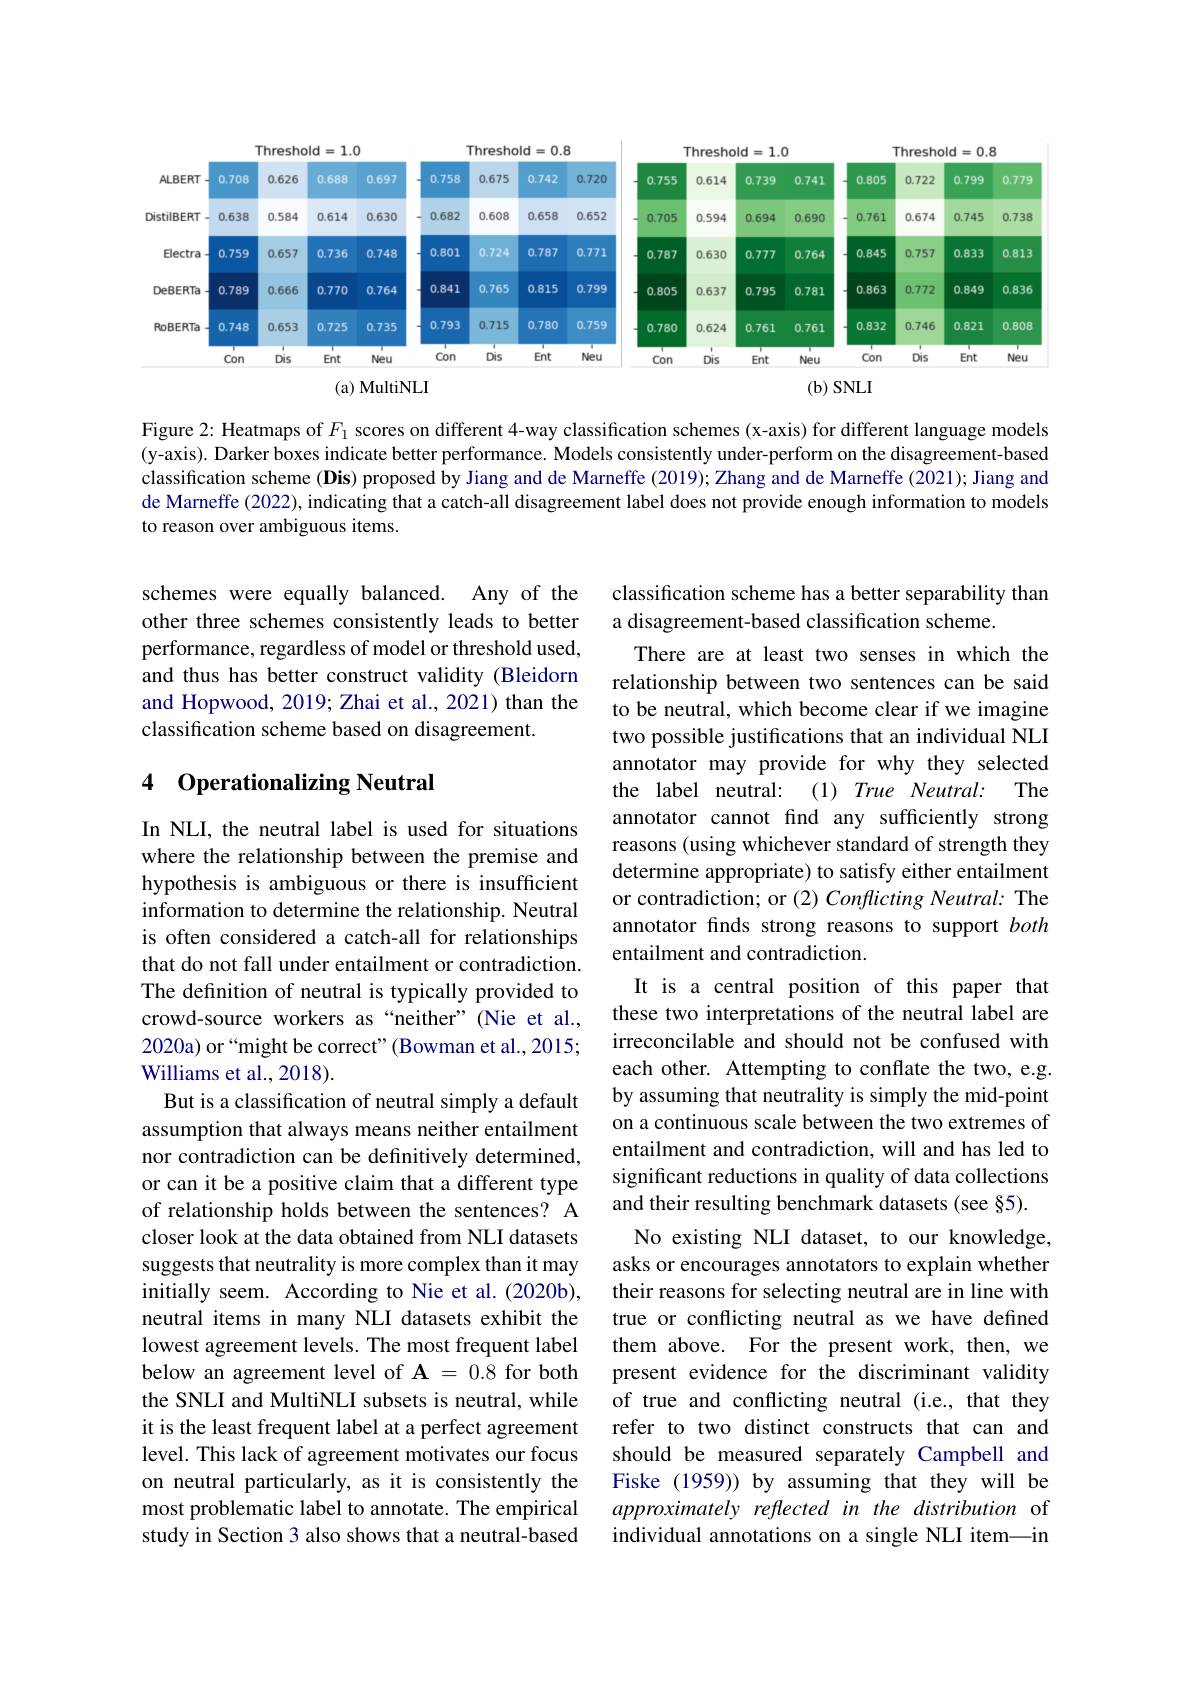
<FigureHere>

(a) MultiNLI
$(\mathbf{b})$ SNLI

Figure 2: Heatmaps of $F_1$ scores on different 4-way classification schemes (x-axis) for different language models (y-axis). Darker boxes indicate better performance. Models consistently under-perform on the disagreement-based classification scheme (Dis) proposed by Jiang and de Marneffe (2019); Zhang and de Marneffe (2021); Jiang and de Marneffe (2022), indicating that a catch-all disagreement label does not provide enough information to models to reason over ambiguous items.

schemes were equally balanced. Any of the other three schemes consistently leads to better performance, regardless of model or threshold used, and thus has better construct validity (Bleidorn and Hopwood, 2019; Zhai et al., 2021) than the classification scheme based on disagreement.

## 4 Operationalizing Neutral

classification scheme has a better separability than
a disagreement-based classification scheme.
There are at least two senses in which the relationship between two sentences can be said to be neutral, which become clear if we imagine two possible justifications that an individual NLI annotator may provide for why they selected the label neutral: (1) True Neutral: The annotator cannot find any sufficiently strong reasons (using whichever standard of strength they determine appropriate) to satisfy either entailment or contradiction; or (2) Conflicting Neutral: The annotator finds strong reasons to support both entailment and contradiction.
It is a central position of this paper that these two interpretations of the neutral label are irreconcilable and should not be confused with each other. Attempting to conflate the two, e.g. by assuming that neutrality is simply the mid-point on a continuous scale between the two extremes of entailment and contradiction, will and has led to significant reductions in quality of data collections and their resulting benchmark datasets (see §5).
No existing NLI dataset, to our knowledge, asks or encourages annotators to explain whether their reasons for selecting neutral are in line with true or conflicting neutral as we have defined them above. For the present work, then, we present evidence for the discriminant validity of true and conflicting neutral (i.e., that they refer to two distinct constructs that can and should be measured separately Campbell and Fiske (1959)) by assuming that they will be approximately reflected in the distribution of individual annotations on a single NLI item—in

In NLI, the neutral label is used for situations where the relationship between the premise and hypothesis is ambiguous or there is insufficient information to determine the relationship. Neutral is often considered a catch-all for relationships that do not fall under entailment or contradiction. The definition of neutral is typically provided to crowd-source workers as“neither”(Nie et al., 2020a) or“might be correct" (Bowman et al., 2015; Williams et al., 2018).
But is a classification of neutral simply a default assumption that always means neither entailment nor contradiction can be definitively determined, or can it be a positive claim that a different type of relationship holds between the sentences? A closer look at the data obtained from NLI datasets suggests that neutrality is more complex than it may initially seem. According to Nie et al. (2020b), neutral items in many NLI datasets exhibit the lowest agreement levels. The most frequent label below an agreement level of $\mathbf{A}=0.8$ for both the SNLI and MultiNLI subsets is neutral, while it is the least frequent label at a perfect agreement level. This lack of agreement motivates our focus on neutral particularly, as it is consistently the most problematic label to annotate. The empirical study in Section 3 also shows that a neutral-based